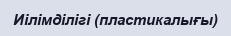
Иілімділігі (пластикалығы)